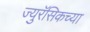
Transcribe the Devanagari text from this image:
ज्युरॅसिकच्या